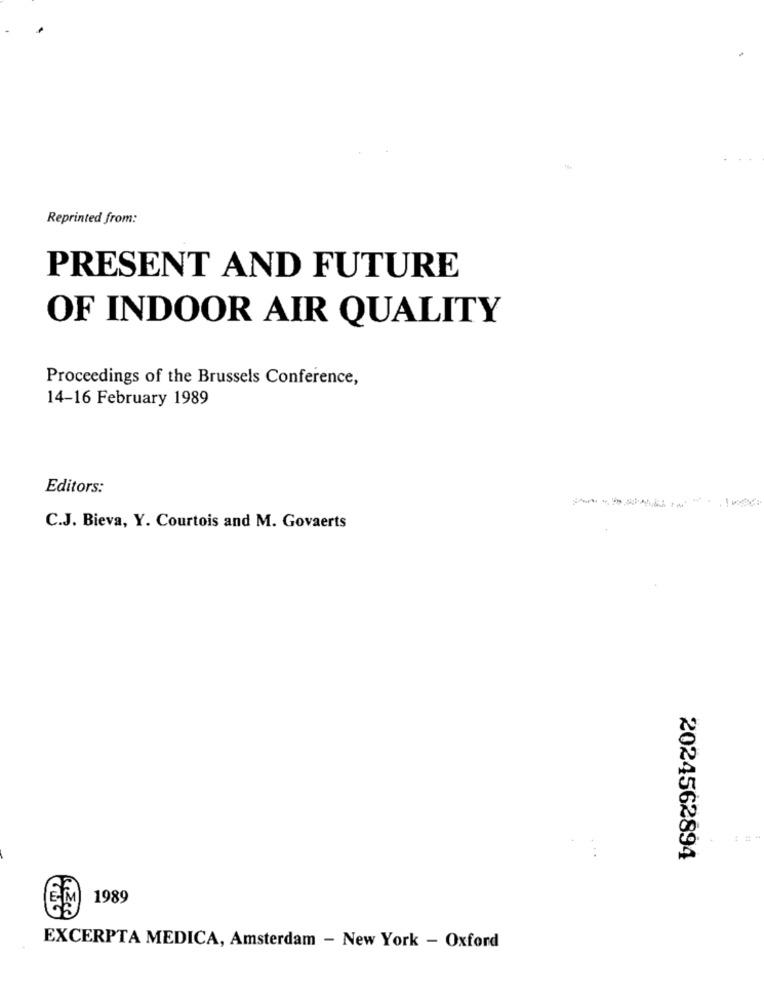
Reprinted from:
PRESENT AND FUTURE
OF INDOOR AIR QUALITY
Proceedings of the Brussels Conference,
14-16 February 1989
Editors:
C.J. Bieva, Y. Courtois and M. Govaerts
#
2024562894
EM
1989
EXCERPTA MEDICA, Amsterdam - New York - Oxford